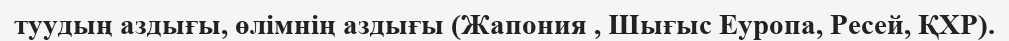
туудың аздығы, өлімнің аздығы (Жапония , Шығыс Еуропа, Ресей, ҚХР).